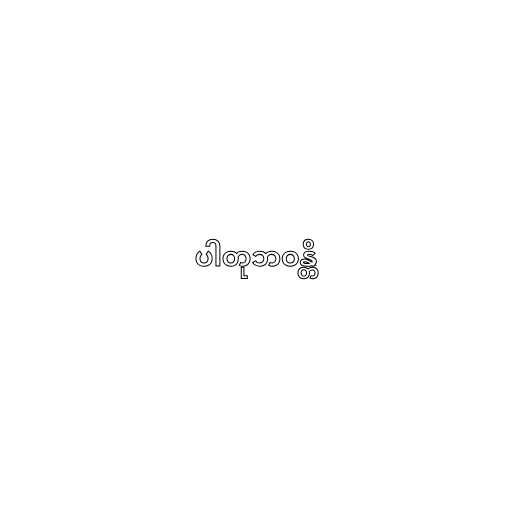
ပါတုဘဝန္တိ